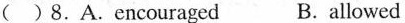
( )8.A.Encouraged B. Allowed